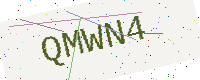
Text: QMWN4